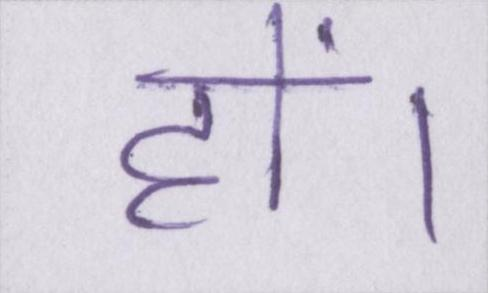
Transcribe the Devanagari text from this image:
हों।